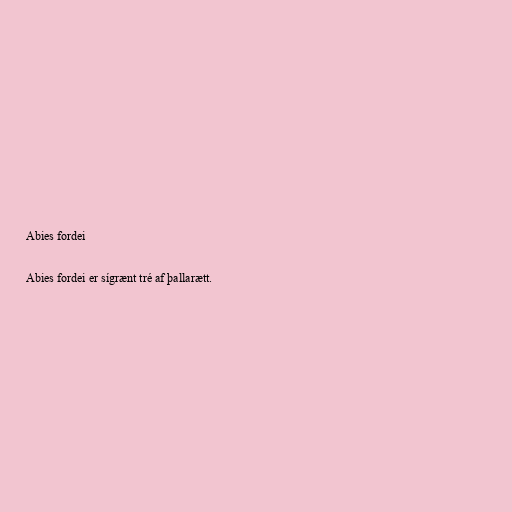
Abies fordei

Abies fordei er sígrænt tré af þallarætt.